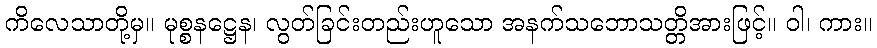
ကိလေသာတို့မှ။ မုစ္စနဋ္ဌေန၊ လွတ်ခြင်းတည်းဟူသော အနက်သဘောသတ္တိအားဖြင့်။ ဝါ၊ ကား။